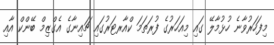
މިފަހަރުވާނެ ހުޅުމާލޭ ގައި މިއަހަރުގެ ފުރަތަމަ ކްއާރޓަރުގައި ޗައިނާގެ އެގްޒިމް ބޭންކް އާއި